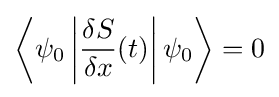
\left\langle \psi _{0}\left|{\frac {\delta S}{\delta x}}(t)\right|\psi _{0}\right\rangle =0